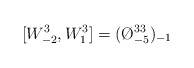
\begin{align*}[W_{-2}^{3},W^{3}_{1}]=(\O ^{33}_{-5})_{-1}\end{align*}